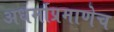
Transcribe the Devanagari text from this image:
अधर्माप्रमाणेच